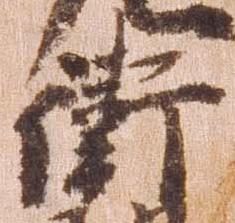
衛